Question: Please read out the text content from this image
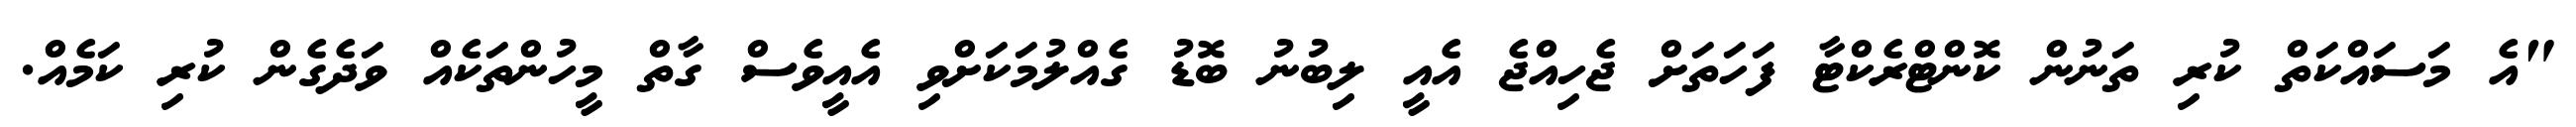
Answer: "އެ މަސައްކަތް ކުރި ތަނުން ކޮންޓްރެކްޓާ ފަހަތަށް ޖެހިއްޖެ އެއީ ލިބުނު ބޮޑު ގެއްލުމަކަށްވި އެއީވެސް ގާތް މީހުންތަކެއް ވަދެގެން ކުރި ކަމެއް.